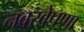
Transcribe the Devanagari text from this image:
नवखेपणा